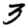
Digit: 3